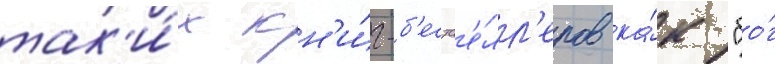
так'и́х кн'и́г-б'естс'е́лл'еров ка́к "бо́г